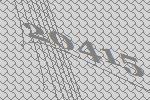
20415